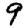
Digit: 9